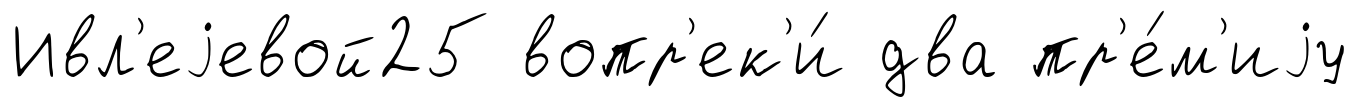
Ивл'еjевой25 вопр'ек'и́ два пр'е́м'иjу